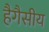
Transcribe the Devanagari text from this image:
हैगैसीय